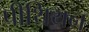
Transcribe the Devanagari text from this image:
पीथियन